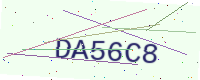
Text: DA56C8